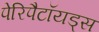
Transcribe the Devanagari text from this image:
पेरिपैटॉयड्स